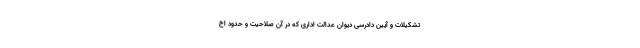
تشکیلات و آیین دادرسی دیوان عدالت اداری که در آن صلاحیت و حدود اخ